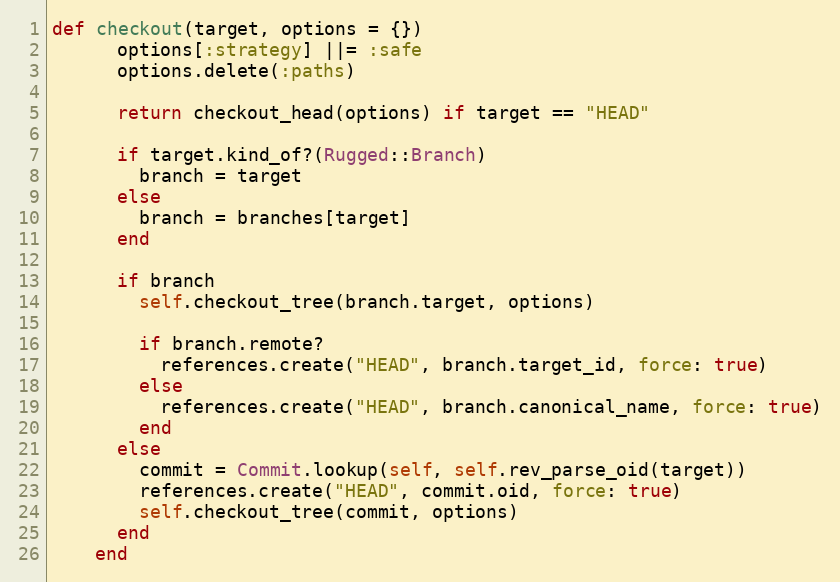
Language: Ruby
def checkout(target, options = {})
      options[:strategy] ||= :safe
      options.delete(:paths)

      return checkout_head(options) if target == "HEAD"

      if target.kind_of?(Rugged::Branch)
        branch = target
      else
        branch = branches[target]
      end

      if branch
        self.checkout_tree(branch.target, options)

        if branch.remote?
          references.create("HEAD", branch.target_id, force: true)
        else
          references.create("HEAD", branch.canonical_name, force: true)
        end
      else
        commit = Commit.lookup(self, self.rev_parse_oid(target))
        references.create("HEAD", commit.oid, force: true)
        self.checkout_tree(commit, options)
      end
    end